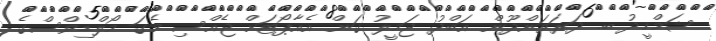
ޝަމްހީދު ބ. ދަރަވަންދޫން އަބްދު ޖަމީލު ގަން އެއާޕޯޓަށް ޖެއްސި މެގަ މޯލްޑިވްސްގެ